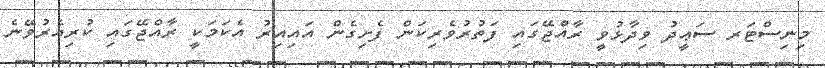
މިނިސްޓަރ ސަޢީދު ވިދާޅުވީ ރާއްޖޭގައި ފަތުރުވެރިކަން ފެށިގެން އައިއިރު އެކަމަކީ ރާއްޖޭގައި ކުރިއެރުވޭނެ